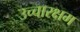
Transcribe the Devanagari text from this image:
उच्चारक्षम